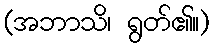
(အဘာသိ၊ ရွတ်၏။)